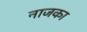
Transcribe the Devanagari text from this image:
नाजका